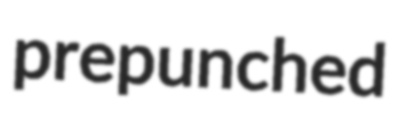
prepunched